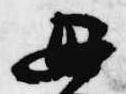
母